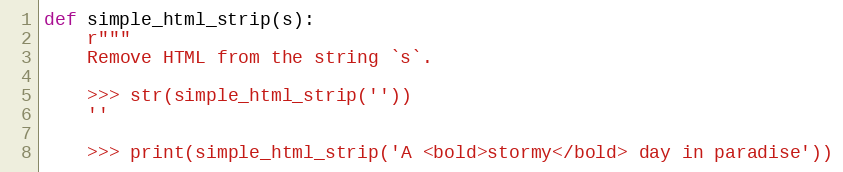
Language: Python
def simple_html_strip(s):
	r"""
	Remove HTML from the string `s`.

	>>> str(simple_html_strip(''))
	''

	>>> print(simple_html_strip('A <bold>stormy</bold> day in paradise'))